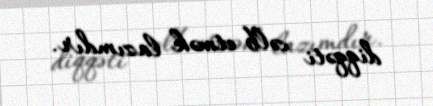
diqqəti cəlb etmək lazımdır.